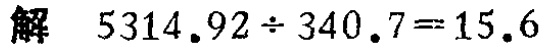
解 \(5314.92\div340.7 = 15.6\)